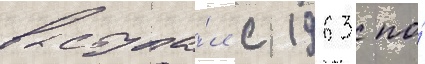
выступа́л с 1963 по́